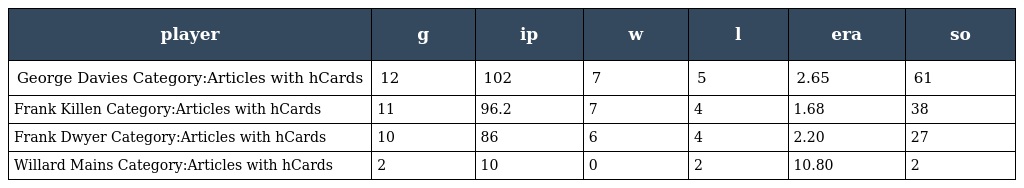
| player | g | ip | w | l | era | so |
 | --- | --- | --- | --- | --- | --- | --- |
 | George Davies Category:Articles with hCards | 12 | 102 | 7 | 5 | 2.65 | 61 |
 | Frank Killen Category:Articles with hCards | 11 | 96.2 | 7 | 4 | 1.68 | 38 |
 | Frank Dwyer Category:Articles with hCards | 10 | 86 | 6 | 4 | 2.20 | 27 |
 | Willard Mains Category:Articles with hCards | 2 | 10 | 0 | 2 | 10.80 | 2 |